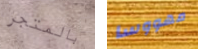
بالمتجر مهووسا